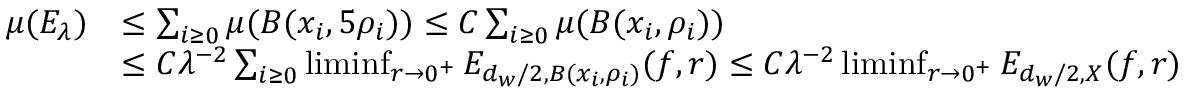
\begin{array} { r l } { \mu ( E _ { \lambda } ) } & { \leq \sum _ { i \geq 0 } \mu ( B ( x _ { i } , 5 \rho _ { i } ) ) \leq C \sum _ { i \geq 0 } \mu ( B ( x _ { i } , \rho _ { i } ) ) } \\ & { \leq C \lambda ^ { - 2 } \sum _ { i \geq 0 } \operatorname* { l i m i n f } _ { r \to 0 ^ { + } } E _ { d _ { w } / 2 , B ( x _ { i } , \rho _ { i } ) } ( f , r ) \leq C \lambda ^ { - 2 } \operatorname* { l i m i n f } _ { r \to 0 ^ { + } } E _ { d _ { w } / 2 , X } ( f , r ) } \end{array}